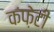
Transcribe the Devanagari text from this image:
कंफ़ेटी